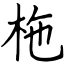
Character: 柂